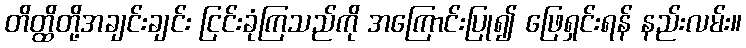
တိတ္ထိတို့အချင်းချင်း ငြင်းခုံကြသည်ကို အကြောင်းပြု၍ ဖြေရှင်းရန် နည်းလမ်း။